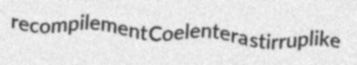
recompilement Coelentera stirruplike